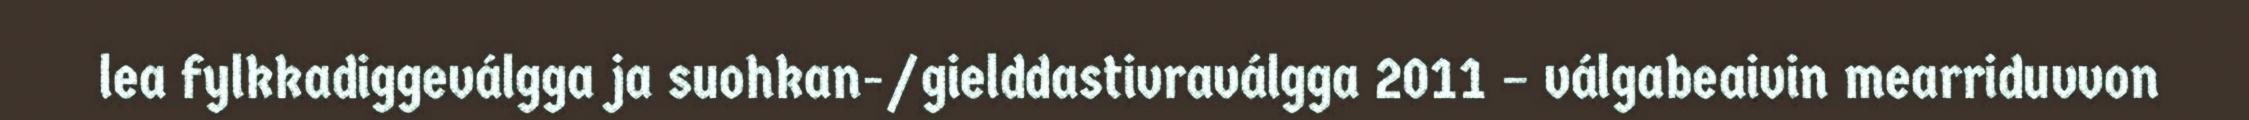
lea fylkkadiggeválgga ja suohkan-/gielddastivraválgga 2011 – válgabeaivin mearriduvvon